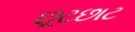
છૂટછાટ